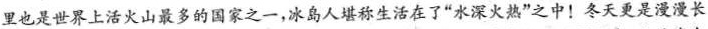
里也是世界上活火山最多的国家之一，冰岛人堪称生活在了”水深火热”之中！冬天更是漫漫长